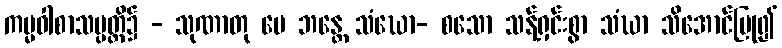
ကမ္မဝါစာသမ္ပတ္တိ၌ - သုဏာတု မေ ဘန္တေ သံဃော- စသော သန့်ရှင်းစွာ သံဃာ သိအောင်ပြု၍